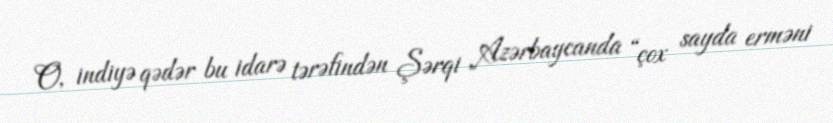
O, indiyə qədər bu idarə tərəfindən Şərqi Azərbaycanda “çox sayda erməni